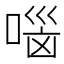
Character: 𰈐